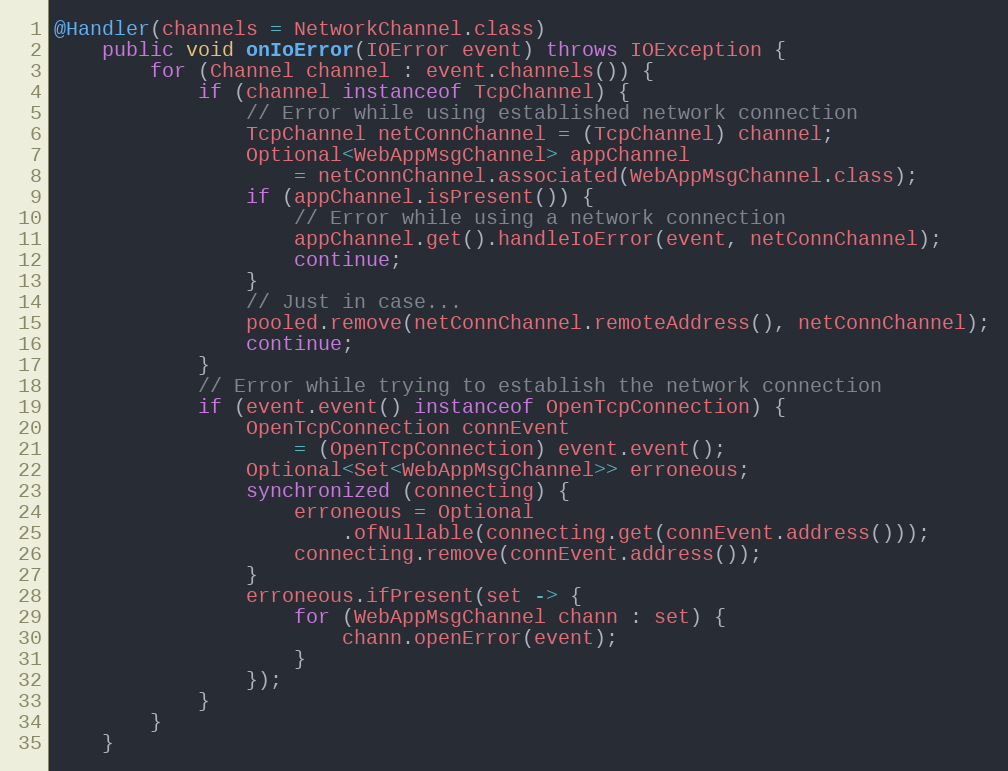
Language: Java
@Handler(channels = NetworkChannel.class)
    public void onIoError(IOError event) throws IOException {
        for (Channel channel : event.channels()) {
            if (channel instanceof TcpChannel) {
                // Error while using established network connection
                TcpChannel netConnChannel = (TcpChannel) channel;
                Optional<WebAppMsgChannel> appChannel
                    = netConnChannel.associated(WebAppMsgChannel.class);
                if (appChannel.isPresent()) {
                    // Error while using a network connection
                    appChannel.get().handleIoError(event, netConnChannel);
                    continue;
                }
                // Just in case...
                pooled.remove(netConnChannel.remoteAddress(), netConnChannel);
                continue;
            }
            // Error while trying to establish the network connection
            if (event.event() instanceof OpenTcpConnection) {
                OpenTcpConnection connEvent
                    = (OpenTcpConnection) event.event();
                Optional<Set<WebAppMsgChannel>> erroneous;
                synchronized (connecting) {
                    erroneous = Optional
                        .ofNullable(connecting.get(connEvent.address()));
                    connecting.remove(connEvent.address());
                }
                erroneous.ifPresent(set -> {
                    for (WebAppMsgChannel chann : set) {
                        chann.openError(event);
                    }
                });
            }
        }
    }